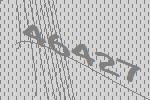
46427